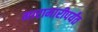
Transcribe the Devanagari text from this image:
मारामारीपर्यंत